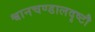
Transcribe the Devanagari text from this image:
श्वानचण्डालदृष्टौ